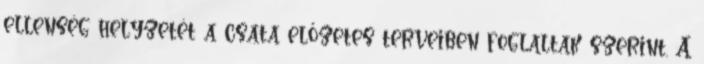
ellenség helyzetét a csata előzetes terveiben foglaltak szerint. A